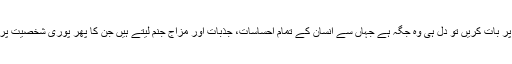
نفسیاتی طور پر بات کریں تو دل ہی وہ جگہ ہے جہاں سے انسان کے تمام احساسات، جذبات اور مزاج جنم لیتے ہیں جن کا پھر پوری شخصیت پر اثر پڑتا ہے۔